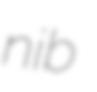
nib